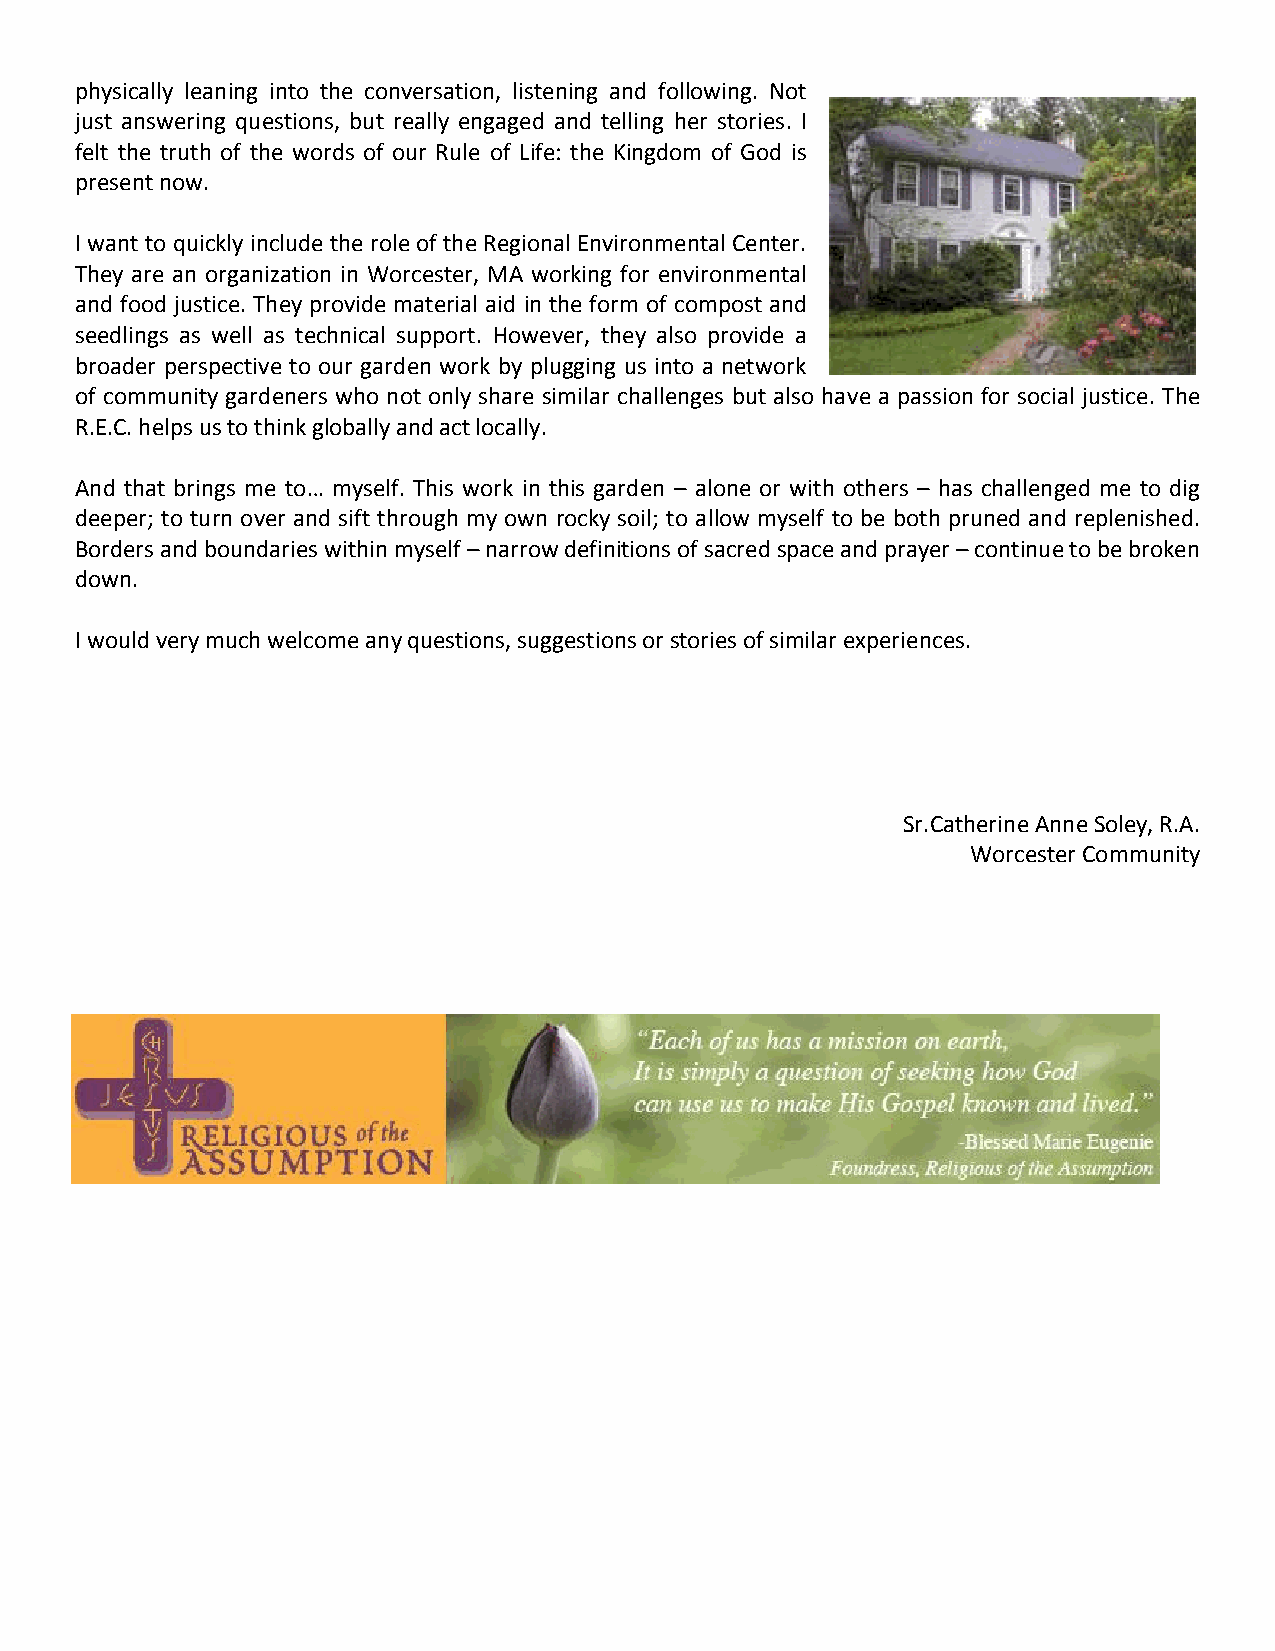
physically leaning into the conversation, listening and following. Not
 just answering questions, but really engaged and telling her stories. I
 felt the truth of the words of our Rule of Life: the Kingdom of God is
 present now.
 I want to quickly include the role of the Regional Environmental Center.
 They are an organization in Worcester, MA working for environmental
 and food justice. They provide material aid in the form of compost and
 seedlings as well as technical support. However, they also provide a
 broader perspective to our garden work by plugging us into a network
 of community gardeners who not only share similar challenges but also have a passion for social justice. The
 R.E.C. helps us to think globally and act locally.
 And that brings me to… myself. This work in this garden – alone or with others – has challenged me to dig
 deeper; to turn over and sift through my own rocky soil; to allow myself to be both pruned and replenished.
 Borders and boundaries within myself – narrow definitions of sacred space and prayer – continue to be broken
 down.
 I would very much welcome any questions, suggestions or stories of similar experiences.
 Sr.Catherine Anne Soley, R.A.
 Worcester Community